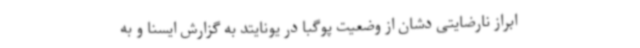
ابراز نارضایتی دشان از وضعیت پوگبا در یونایتد به گزارش ایسنا و به